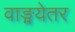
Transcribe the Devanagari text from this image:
वाङ्मयेतर